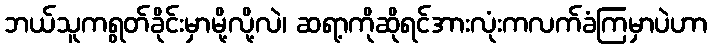
ဘယ်သူကရွတ်ခိုင်းမှာမို့လို့လဲ၊ ဆရာ့ကိုဆိုရင်အားလုံးကလက်ခံကြမှာပဲဟာ